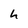
Character: h